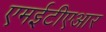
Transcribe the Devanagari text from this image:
एमईटीएआर